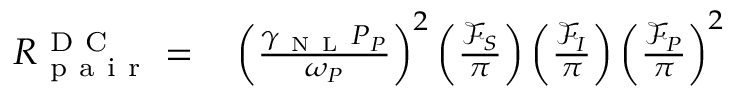
\begin{array} { r l } { R _ { \mathrm { ~ p ~ a ~ i ~ r ~ } } ^ { \mathrm { ~ D ~ C ~ } } = } & { { } \left( \frac { \gamma _ { \mathrm { ~ N ~ L ~ } } P _ { P } } { \omega _ { P } } \right) ^ { 2 } \left( \frac { \mathcal { F } _ { S } } { \pi } \right) \left( \frac { \mathcal { F } _ { I } } { \pi } \right) \left( \frac { \mathcal { F } _ { P } } { \pi } \right) ^ { 2 } } \end{array}